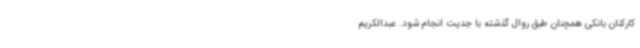
کارکنان بانکی همچنان طبق روال گذشته با جدیت انجام شود. عبدالکریم